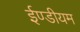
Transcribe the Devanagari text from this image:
ईण्डीयम